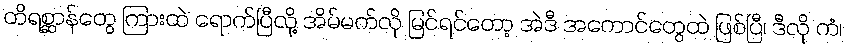
တိရစ္ဆာန်တွေ ကြားထဲ ရောက်ပြီလို့ အိမ်မက်လို မြင်ရင်တော့ အဲဒီ အကောင်တွေထဲ ဖြစ်ပြီ၊ ဒီလို ကံ၊